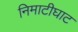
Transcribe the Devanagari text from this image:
निमाटीघाट